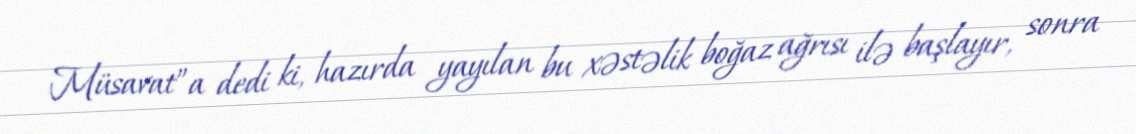
Müsavat”a dedi ki, hazırda yayılan bu xəstəlik boğaz ağrısı ilə başlayır, sonra